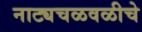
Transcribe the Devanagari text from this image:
नाट्यचळवळीचे